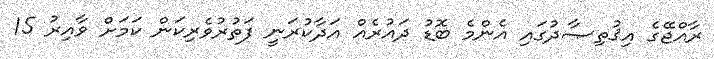
ރާއްޖޭގެ އިޤުތިޞާދުގައި އެންމެ ބޮޑު ދައުރެއް އަދާކުރަނީ ފަތުރުވެރިކަން ކަމަށް ވާއިރު 15